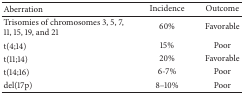
<table><thead><tr><td><b>Aberration</b></td><td><b>Incidence</b></td><td><b>Outcome</b></td></tr></thead><tbody><tr><td>Trisomies of chromosomes 3, 5, 7, 11, 15, 19, and 21 </td><td>60%</td><td>Favorable </td></tr><tr><td> t(4;14)</td><td>15%</td><td>Poor </td></tr><tr><td>t(11;14)</td><td>20%</td><td>Favorable </td></tr><tr><td>t(14;16)</td><td>6-7%</td><td>Poor </td></tr><tr><td>del(17p) </td><td>8–10%</td><td>Poor</td></tr></tbody></table>